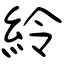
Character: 紷